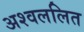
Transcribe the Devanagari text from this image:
अश्वललित